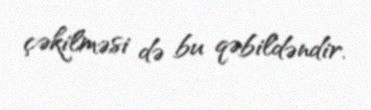
çəkilməsi də bu qəbildəndir.